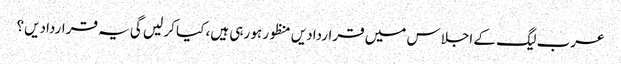
عرب لیگ کے اجلاس میں قراردادیں منظور ہو رہی ہیں، کیا کر لیں گی یہ قراردادیں؟